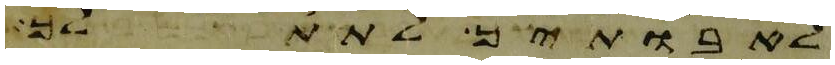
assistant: לאבתיך לתת לך